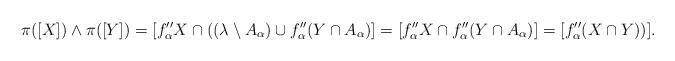
LaTeX: \begin{align*} \pi([X])\wedge \pi([Y])= [f_\alpha'' X\cap ((\lambda\setminus A_\alpha)\cup f_\alpha''(Y\cap A_\alpha)] = [f_\alpha'' X \cap f''_\alpha(Y\cap A_\alpha)]= [f_\alpha'' (X\cap Y))].\end{align*}